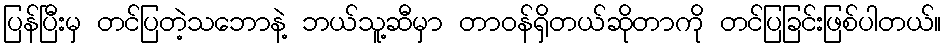
ပြန်ပြီးမှ တင်ပြတဲ့သဘောနဲ့ ဘယ်သူ့ဆီမှာ တာဝန်ရှိတယ်ဆိုတာကို တင်ပြခြင်းဖြစ်ပါတယ်။